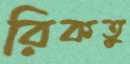
রিকতু